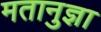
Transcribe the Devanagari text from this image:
मतानुज्ञा